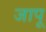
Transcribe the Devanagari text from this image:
जापू